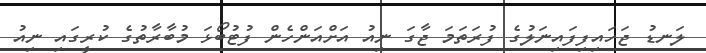
ލަނޑު ޖަހައިފިފައިނަލުގެ ފުރަތަމަ ޖާގަ ނިއު އަށްއަންހެން ފުޓުބޯޅަ މުބާރާތުގެ ކުރީގައި ނިއު